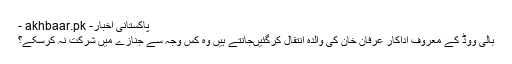
- akhbaar.pk -پاکستانی اخبار
بالی ووڈ کے معروف اداکار عرفان خان کی والدہ انتقال کرگئیںجانتے ہیں وہ کس وجہ سے جنازے میں شرکت نہ کرسکے؟